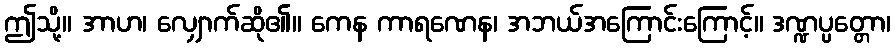
ဤသို့။ အာဟ၊ လျှောက်ဆို၏။ ကေန ကာရဏေန၊ အဘယ်အကြောင်းကြောင့်။ ဒဏ္ဍပ္ပတ္တော၊